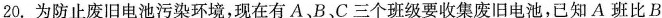
20.为防止废旧电池污染环境，现在有A、B、C三个班级要收集废旧电池，已知A班比B